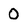
Character: 0